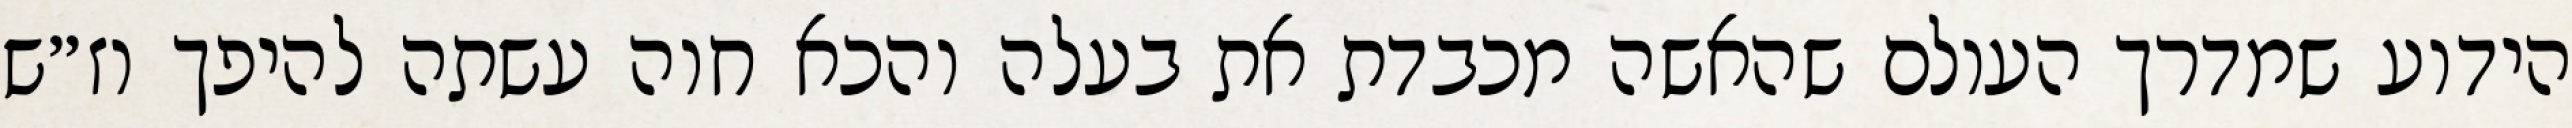
הידוע שמדרך העולם שהאשה מכבדת את בעלה והכא חוה עשתה להיפך וז״ש